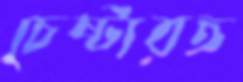
চেষ্টারত